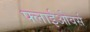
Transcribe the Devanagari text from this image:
फ्लाईओवर्स